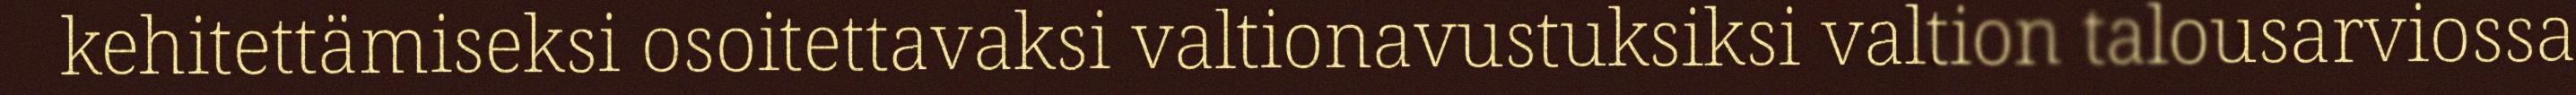
kehitettämiseksi osoitettavaksi valtionavustuksiksi valtion talousarviossa